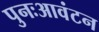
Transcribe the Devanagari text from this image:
पुनःआवंटन